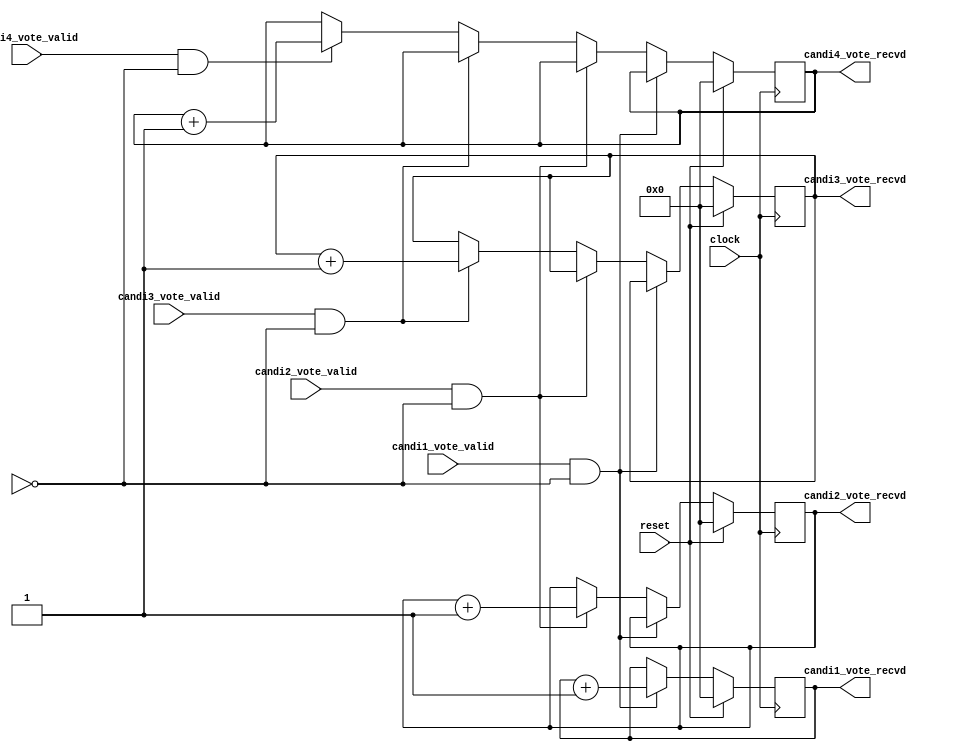
module voteLogger(clock, reset, candi1_vote_valid, candi2_vote_valid, candi3_vote_valid, candi4_vote_valid, candi1_vote_recvd, candi2_vote_recvd, candi3_vote_recvd, candi4_vote_recvd);
input clock, reset, candi1_vote_valid, candi2_vote_valid, candi3_vote_valid, candi4_vote_valid;
output reg [7:0] candi1_vote_recvd;
output reg [7:0] candi2_vote_recvd;
output reg [7:0] candi3_vote_recvd;
output reg [7:0] candi4_vote_recvd;

always @(posedge clock)
begin
  if(reset)
  begin
    candi1_vote_recvd <=0;
    candi2_vote_recvd <=0;
    candi3_vote_recvd <=0;
    candi4_vote_recvd <=0;
end
else
begin
  if(candi1_vote_valid & mode == 0)
    candi1_vote_recvd <= candi1_vote_recvd + 1;
  else if(candi2_vote_valid & mode == 0)
    candi2_vote_recvd <= candi2_vote_recvd + 1;
  else if(candi3_vote_valid & mode == 0)                        // in case of physical system you can press 2 keys so this is for priority
    candi3_vote_recvd <= candi3_vote_recvd + 1;     // but in test bench we will take care of not giving 2 high at same time
  else if(candi4_vote_valid & mode == 0)
    candi4_vote_recvd <= candi4_vote_recvd + 1;
end 
end

endmodule